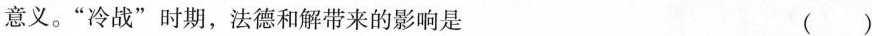
意义。”冷战”时期，法德和解带来的影响是 (